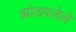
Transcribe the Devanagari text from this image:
झोडपलेले